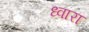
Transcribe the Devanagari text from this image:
ध्वारा